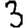
Digit: 3